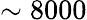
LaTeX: \sim 8000